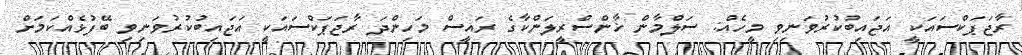
ރާޖަޕަކްސައަކީ އަޖައިބުކުރުވަނިވި މީހެއް: ސަލްމާން ޚާންސްރީލަންކާގެ ރައީސް މަހިންދަ ރާޖަޕަކްސައަކީ އަޖައިބުކުރުވަނިވި ބޭފުޅެއްކަމަށް